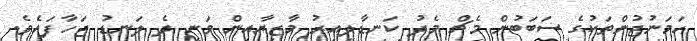
ހަމަނުޖުންތަކުގެ ސަބަބުން މެޗް މެދު ކަނޑާލިއިރު މާޒިޔާއިން ވަނީ ދެ ލަނޑު ޖަހާފައެވެ.